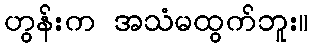
ဟွန်းက အသံမထွက်ဘူး။